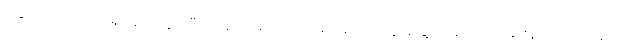
ခြေထောက်က အရိုးအက်သွားပြီး အရိုးထဲမှာလဲ ကင်ဆာဆဲလ်တွေ တွေ့တာကြောင့်ဆေးရုံတတ်တဲ့နေပဲ